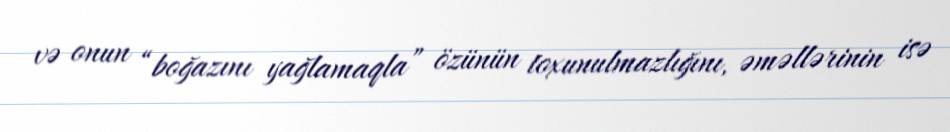
və onun “boğazını yağlamaqla” özünün toxunulmazlığını, əməllərinin isə